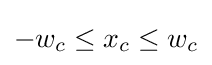
-w_{c}\leq x_{c}\leq w_{c}